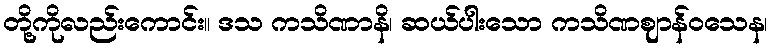
တို့ကိုလည်းကောင်း။ ဒသ ကသိဏာနိ၊ ဆယ်ပါးသော ကသိဏဈာန်ဝသေန၊